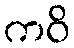
ကဝိ